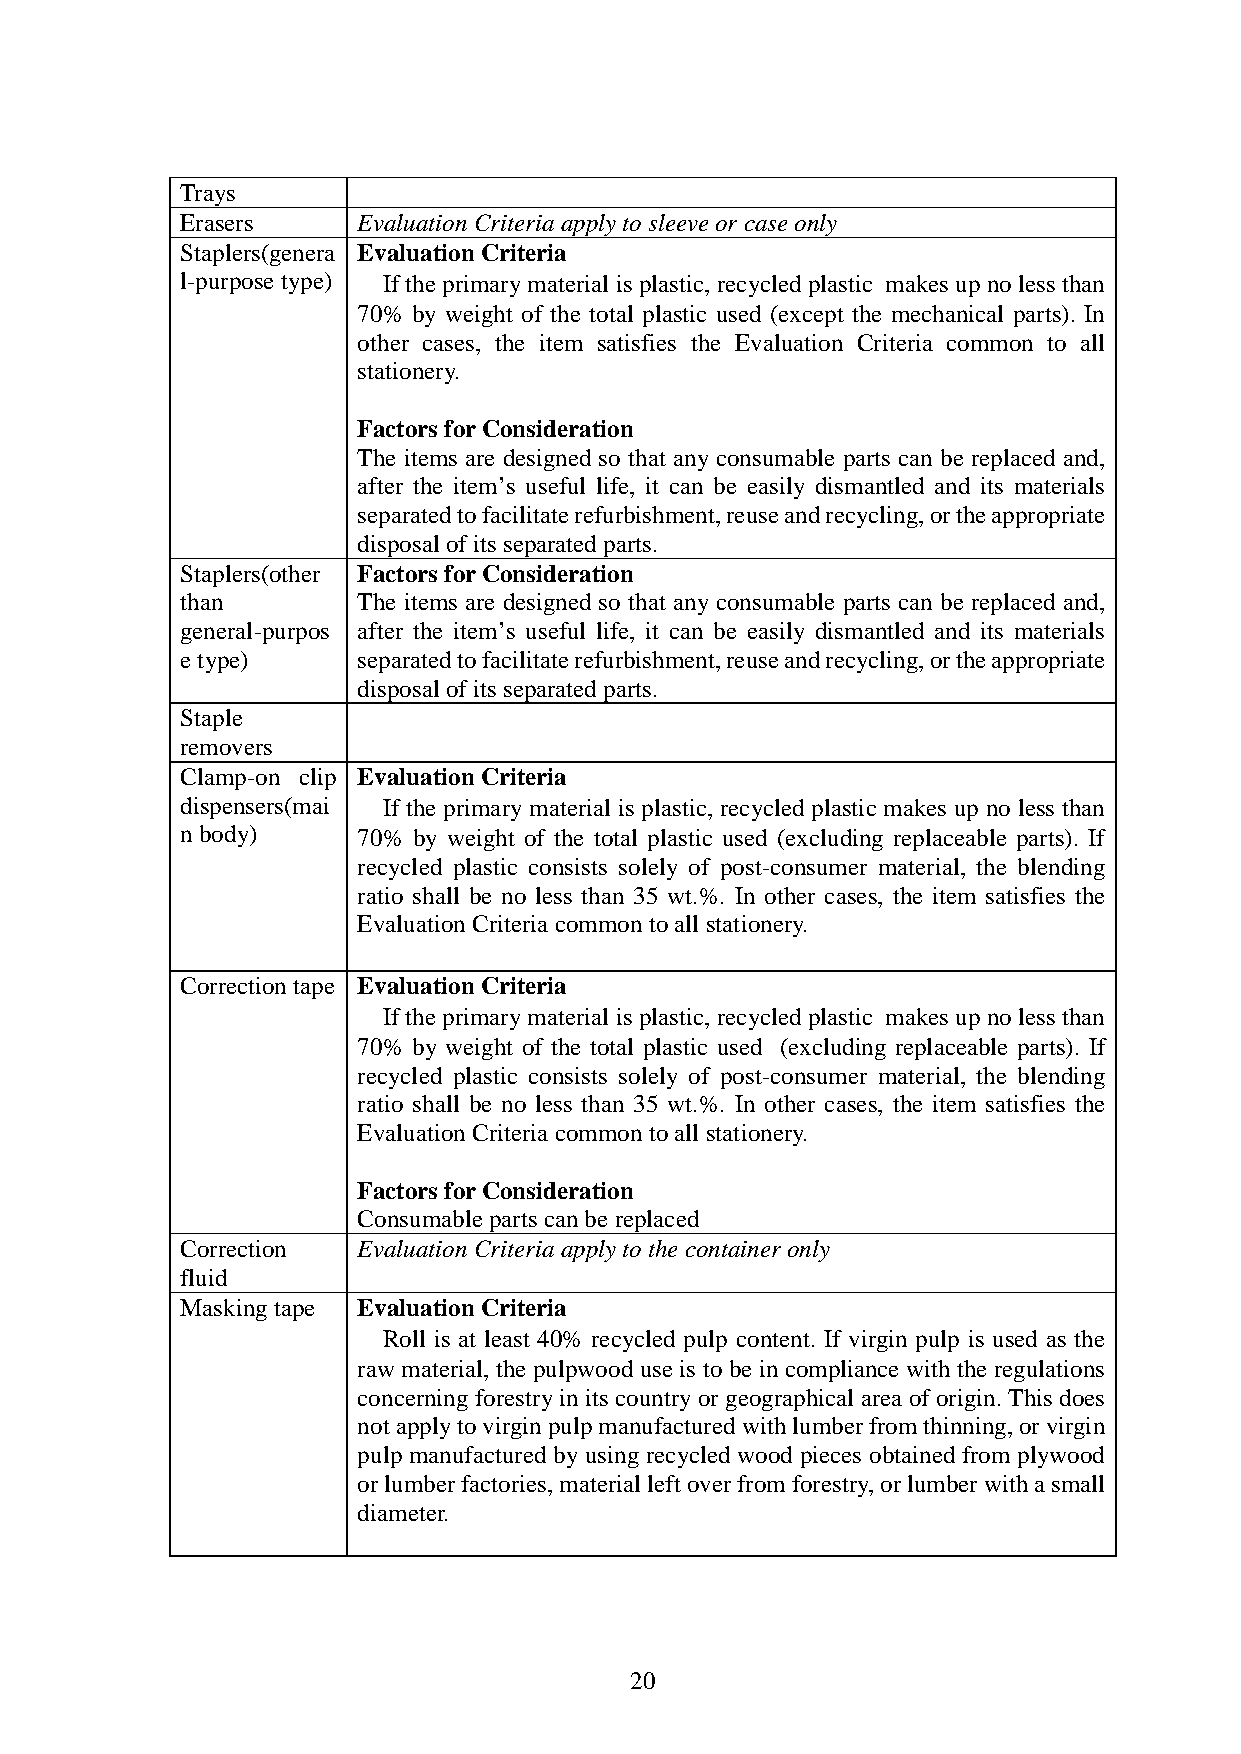
Trays
 Erasers     Evaluation Criteria apply to sleeve or case only
 Staplers(genera Evaluation Criteria
 l-purpose type) ●If the primary material is plastic, recycled plastic makes up no less than
 70% by weight of the total plastic used (except the mechanical parts). In
 other cases, the item satisfies the Evaluation Criteria common to all
 stationery.
 Factors for Consideration
 The items are designed so that any consumable parts can be replaced and,
 after the item’s useful life, it can be easily dismantled and its materials
 separated to facilitate refurbishment, reuse and recycling, or the appropriate
 disposal of its separated parts.
 Staplers(other Factors for Consideration
 than        The items are designed so that any consumable parts can be replaced and,
 general-purpos after the item’s useful life, it can be easily dismantled and its materials
 e type)     separated to facilitate refurbishment, reuse and recycling, or the appropriate
 disposal of its separated parts.
 Staple
 removers
 Clamp-on clip Evaluation Criteria
 dispensers(mai ●If the primary material is plastic, recycled plastic makes up no less than
 n body)     70% by weight of the total plastic used (excluding replaceable parts). If
 recycled plastic consists solely of post-consumer material, the blending
 ratio shall be no less than 35 wt.%. In other cases, the item satisfies the
 Evaluation Criteria common to all stationery.
 Correction tape Evaluation Criteria
 ●If the primary material is plastic, recycled plastic makes up no less than
 70% by weight of the total plastic used (excluding replaceable parts). If
 recycled plastic consists solely of post-consumer material, the blending
 ratio shall be no less than 35 wt.%. In other cases, the item satisfies the
 Evaluation Criteria common to all stationery.
 Factors for Consideration
 Consumable parts can be replaced
 Correction  Evaluation Criteria apply to the container only
 fluid
 Masking tape Evaluation Criteria
 ●Roll is at least 40% recycled pulp content. If virgin pulp is used as the
 raw material, the pulpwood use is to be in compliance with the regulations
 concerning forestry in its country or geographical area of origin. This does
 not apply to virgin pulp manufactured with lumber from thinning, or virgin
 pulp manufactured by using recycled wood pieces obtained from plywood
 or lumber factories, material left over from forestry, or lumber with a small
 diameter.
 20